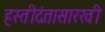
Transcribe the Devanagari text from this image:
हस्तीदंतासारखी